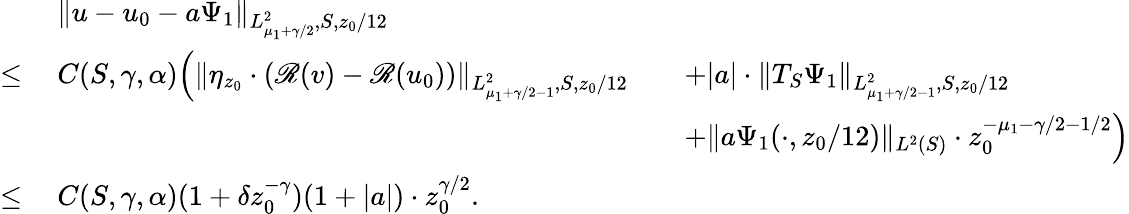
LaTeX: \begin{array}{rlrl}&{\ \| u-u_{0}-a\Psi_{1}\| _{L_{\mu_{1}+\gamma/2}^{2},S,z_{0}/12}}&&{}\\ {\leq}&{\ C(S,\gamma,\alpha)\Big(\| \eta_{z_{0}}\cdot(\mathscr{R}(v)-\mathscr{R}(u_{0}))\| _{L_{\mu_{1}+\gamma/2-1}^{2},S,z_{0}/12}}&&{+|a|\cdot\| T_{S}\Psi_{1}\| _{L_{\mu_{1}+\gamma/2-1}^{2},S,z_{0}/12}}\\ &{\ }&&{+\| a\Psi_{1}(\cdot,z_{0}/12)\| _{L^{2}(S)}\cdot z_{0}^{-\mu_{1}-\gamma/2-1/2}\Big)}\\ {\leq}&{\ C(S,\gamma,\alpha)(1+\delta z_{0}^{-\gamma})(1+|a|)\cdot z_{0}^{\gamma/2}.}&&{}\end{array}